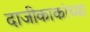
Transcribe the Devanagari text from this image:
दाजीकाकांच्या